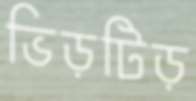
ভিড়টিড়